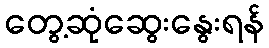
တွေ့ဆုံဆွေးနွေးရန်